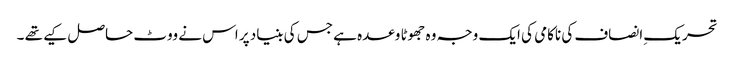
تحریک ِانصاف کی ناکامی کی ایک وجہ وہ جھوٹا وعدہ ہے جس کی بنیاد پر اس نے ووٹ حاصل کیے تھے ۔